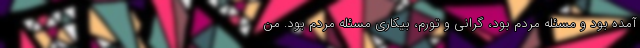
آمده بود و مسئله مردم بود، گرانی و تورم، بیکاری مسئله مردم بود. من